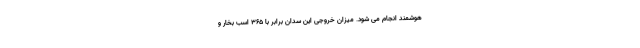
هوشمند انجام می شود. میزان خروجی این سدان برابر با 365 اسب بخار و